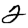
Digit: 2